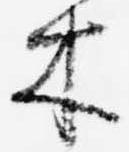
木